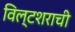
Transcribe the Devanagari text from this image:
विल्टशराची